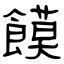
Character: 饃